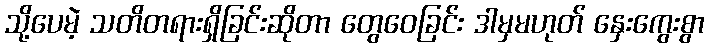
သို့ပေမဲ့ သတိတရားရှိခြင်းဆိုတာ တွေဝေခြင်း ဒါမှမဟုတ် နှေးကွေးစွာ